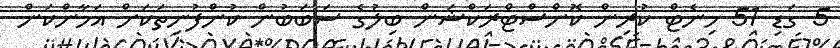
5 ގަޑި 51 މިނެޓް ކުރިން ކޮންސްޓްރަކްޝަން ބިލުގެ ސަބަބުން ކުންފުނިތަކަށް އަމާންކަން